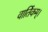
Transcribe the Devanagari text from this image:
वार्तिकम्।